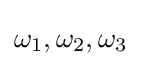
\omega _{1},\omega _{2},\omega _{3}